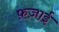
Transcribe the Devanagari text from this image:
फ़ज़ाई